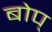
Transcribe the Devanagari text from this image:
बोप्